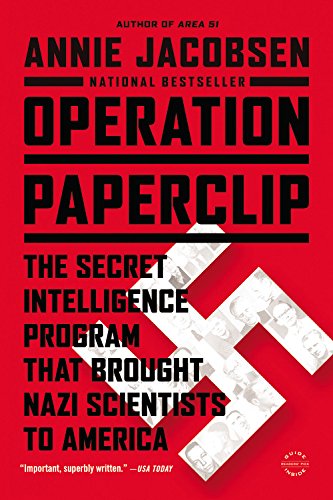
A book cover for Operation Paperclip: The Secret Intelligence Program that Brought Nazi Scientists to America; Annie Jacobsen; History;